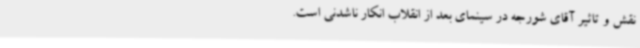
نقش و تاثیر آقای شورجه در سینمای بعد از انقلاب انکار ناشدنی است.